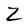
Character: Z